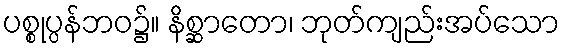
ပစ္စုပ္ပန်ဘဝ၌။ နိစ္ဆာတော၊ ဘုတ်ကျည်းအပ်သော